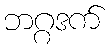
ဘဂ္ဂဒက်